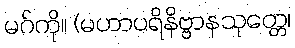
မဂ်ကို။ (မဟာပရိနိဗ္ဗာနသုတ္တေ၊